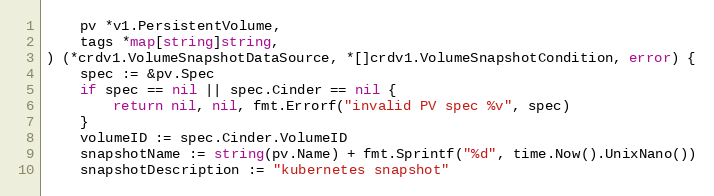
Language: Go
	pv *v1.PersistentVolume,
	tags *map[string]string,
) (*crdv1.VolumeSnapshotDataSource, *[]crdv1.VolumeSnapshotCondition, error) {
	spec := &pv.Spec
	if spec == nil || spec.Cinder == nil {
		return nil, nil, fmt.Errorf("invalid PV spec %v", spec)
	}
	volumeID := spec.Cinder.VolumeID
	snapshotName := string(pv.Name) + fmt.Sprintf("%d", time.Now().UnixNano())
	snapshotDescription := "kubernetes snapshot"